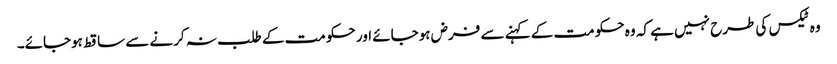
وہ ٹیکس کی طرح نہیں ہے کہ وہ حکومت کے کہنے سے فرض ہوجائے اور حکومت کے طلب نہ کرنے سے ساقط ہوجائے۔